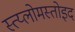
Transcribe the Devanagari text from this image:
स्त्य्लोमस्तोइद